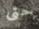
حتى